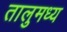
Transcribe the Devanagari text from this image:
तालुमध्य